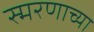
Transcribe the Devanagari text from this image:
स्मरणाच्या